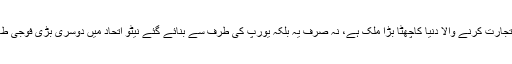
پھر ترکی یورپ کے ساتھ تجارت کرنے والا دنیا کاچھٹا بڑا ملک ہے، نہ صرف یہ بلکہ یورپ کی طرف سے بنائے گئے نیٹو اتحاد میں دوسری بڑی فوجی طاقت کاحامل بھی ترکی ہے۔